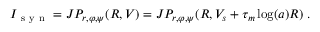
I _ { \mathrm { ~ s ~ y ~ n ~ } } = J P _ { r , \varphi , \psi } ( R , V ) = J P _ { r , \varphi , \psi } ( R , V _ { s } + \tau _ { m } \log ( a ) R ) \; .